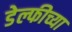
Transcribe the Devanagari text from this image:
डेल्फीच्या